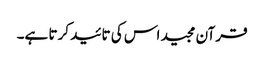
قرآن مجید اس کی تائید کرتا ہے۔